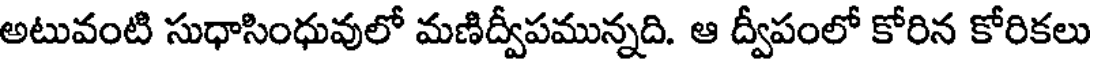
అటువంటి సుధాసింధువులో మణిద్వీపమున్నది. ఆ ద్వీపంలో కోరిన కోరికలు